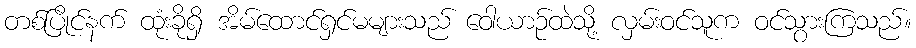
တစ်ပြိုင်နက် ထုံးခိုရှိ အိမ်ထောင်ရှင်မများသည် ဝေါယာဉ်ထဲသို့ လှမ်းဝင်သူက ဝင်သွားကြသည်။